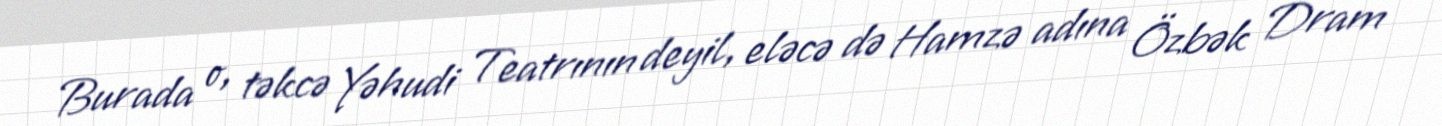
Burada o, təkcə Yəhudi Teatrının deyil, eləcə də Hamzə adına Özbək Dram